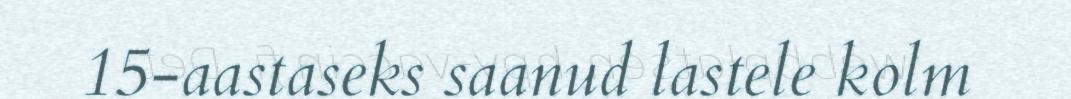
15-aastaseks saanud lastele kolm